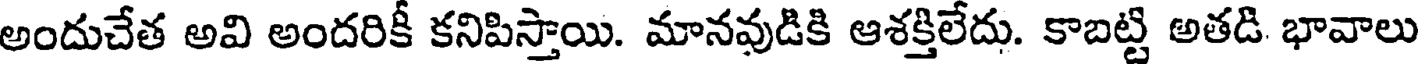
అందుచేత అవి అందరికీ కనిపిస్తాయి. మానవుడికి ఆశక్తిలేదు. కాబట్టి అతడి భావాలు